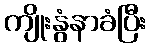
ကျိုးနွံနာခံပြီး